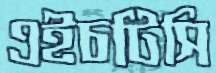
এইচটিসি